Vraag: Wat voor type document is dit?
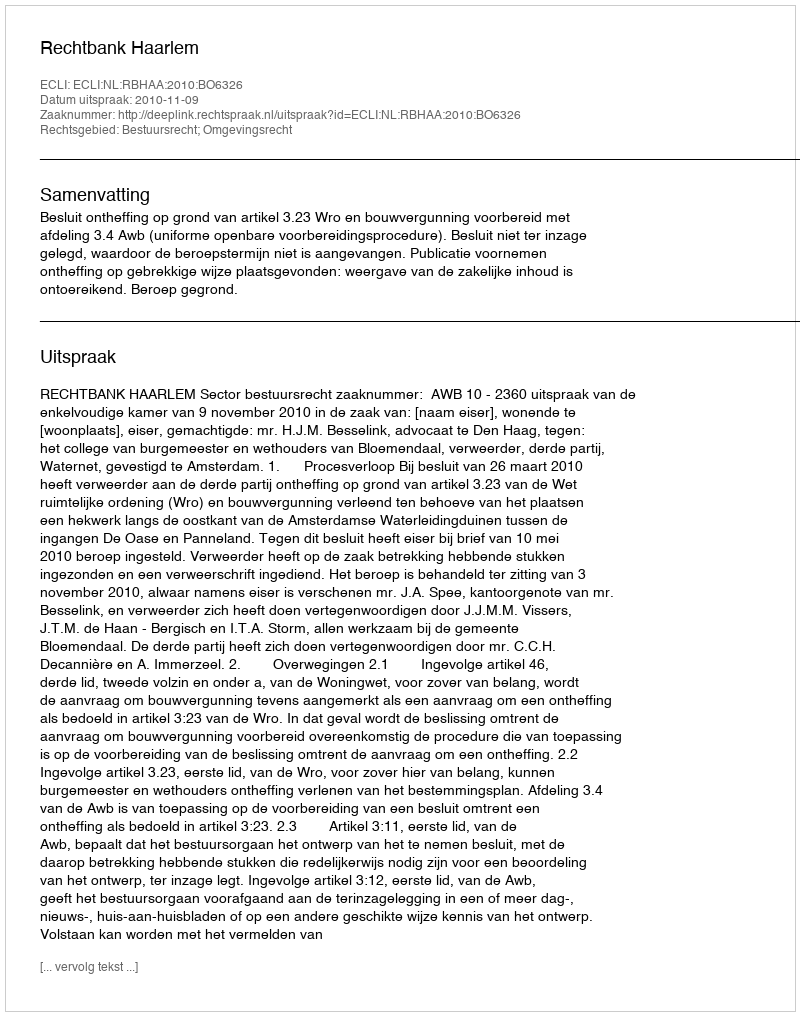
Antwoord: Uitspraak